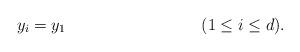
LaTeX: \begin{align*} y_i &= y_1 && (1 \leq i \leq d). \end{align*}